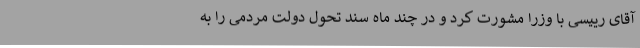
آقای رییسی با وزرا مشورت کرد و در چند ماه سند تحول دولت مردمی را به